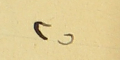
٢٥